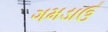
ગમડાઉ